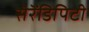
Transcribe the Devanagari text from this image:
सॆरॆंडिपिटी